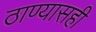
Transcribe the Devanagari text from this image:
ठाण्यासही